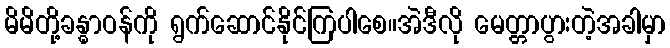
မိမိတို့ခန္ဓာဝန်ကို ရွက်ဆောင်နိုင်ကြပါစေ။အဲဒီလို မေတ္တာပွားတဲ့အခါမှာ